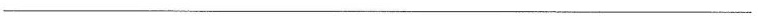
___